38_143685_box7_Incident_Summaries_1-100
Agency: Department of War
Page 102
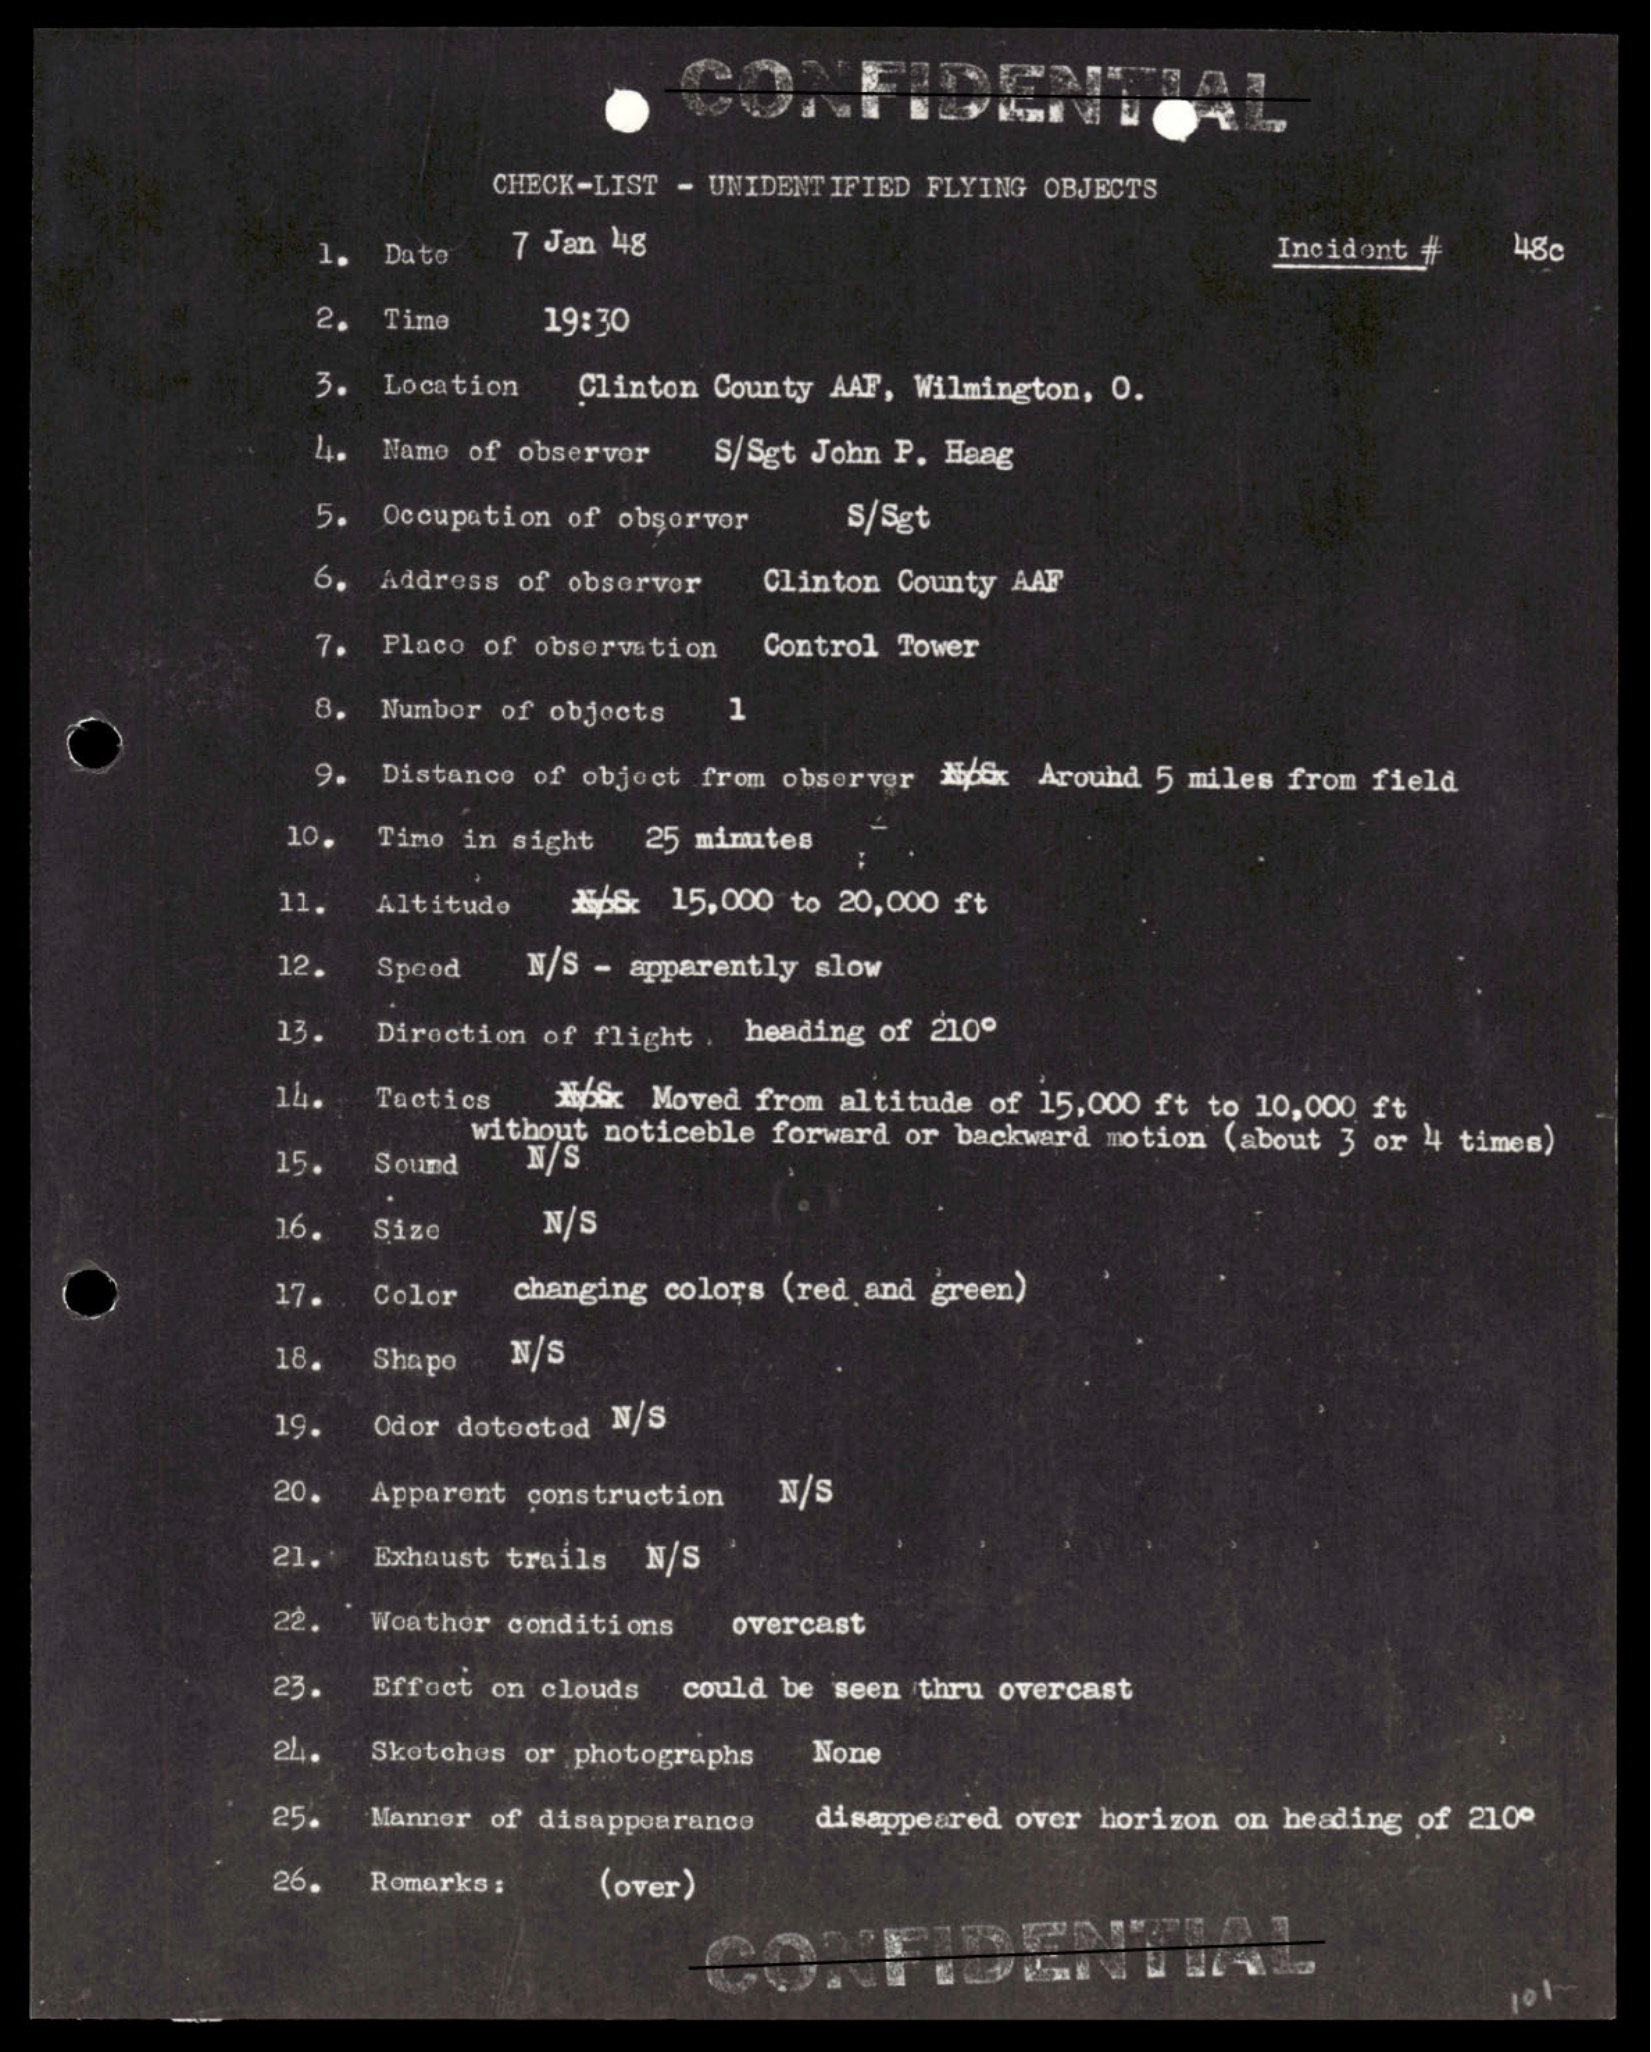